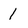
Character: 1